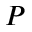
P